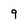
Character: 9